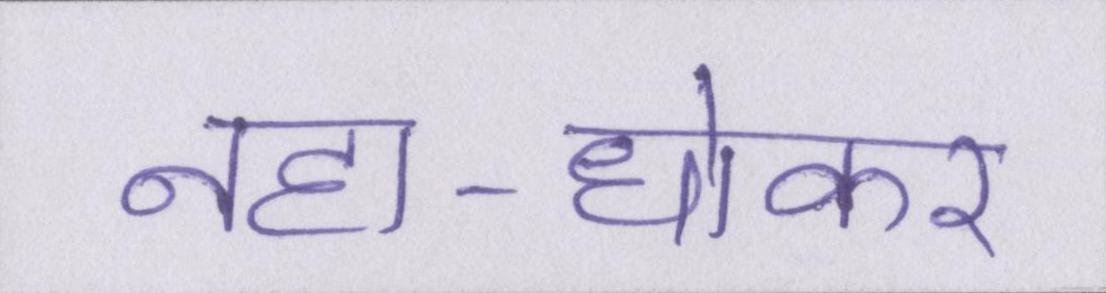
नहा-धोकर